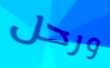
ورحل